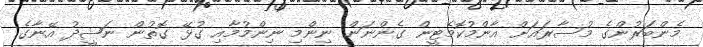
މެންބަރުންގެ މުސާރައަށް އާންމުކޮމެޓީން ގެންނަން ނިންމި ނިންމުމާއި ގުޅޭ ގޮތުން ނަޝީދު އޭނާގެ